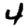
Digit: 4